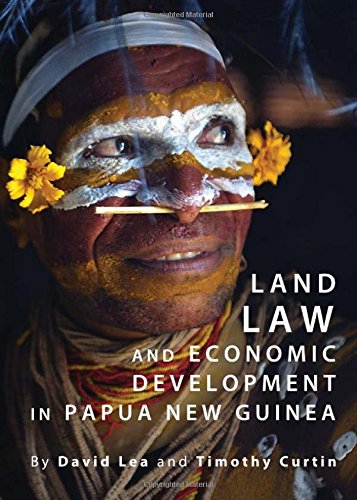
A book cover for Land Law and Economic Development in Papua New Guinea; David Lea; History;